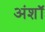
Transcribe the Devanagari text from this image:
अंशॉ